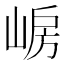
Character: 𡸰